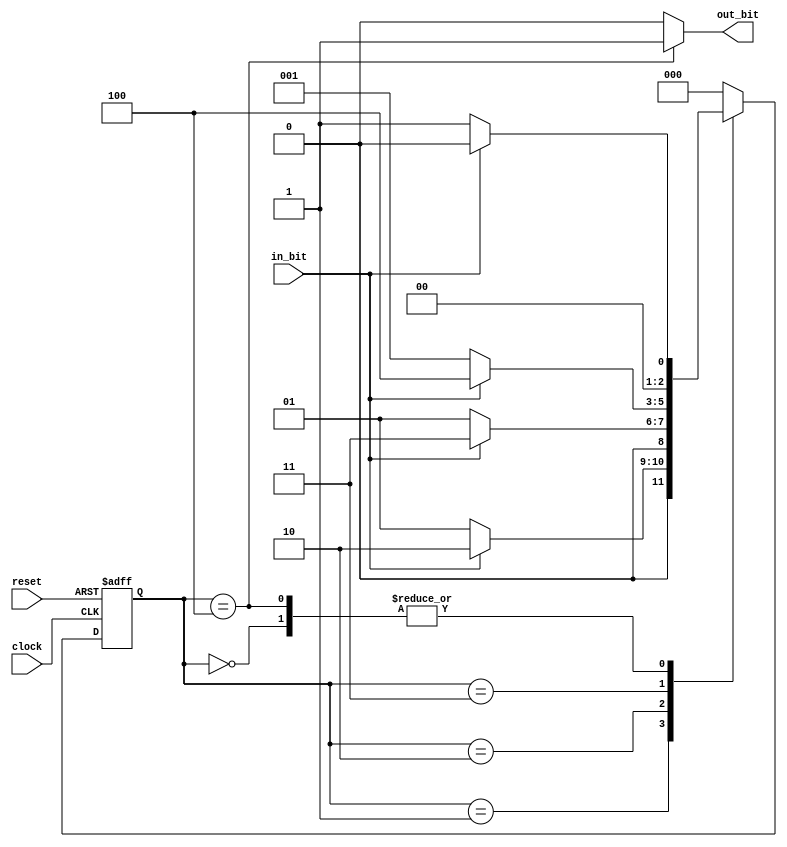
//design code for mealy sequence detector
module sequence_0111(clock, reset, in_bit, out_bit
 );
 input clock, reset, in_bit;
 output out_bit;

 reg [2:0] state_reg, next_state;
 
 parameter reset_state = 3'b000;
 parameter read_zero = 3'b001;
 parameter read_0_one = 3'b010;
 parameter read_zero_one_one = 3'b011;
 parameter read_zero_one_one_one= 3'b100;

 
 always @ (posedge clock or posedge reset)
 if (reset == 1)
 state_reg <= reset_state;
 else
 state_reg <= next_state;
 
always @ (state_reg or in_bit)
 case (state_reg)
 reset_state:
 if (in_bit == 0)
 next_state = read_zero;
 else if (in_bit == 1)
 next_state = reset_state;
 else next_state = reset_state;
 read_zero:
 if (in_bit == 0)
 next_state = read_zero;
 else if (in_bit == 1)
 next_state = read_0_one;
 else next_state = reset_state;
 read_0_one:
 if (in_bit == 0)
 next_state = read_zero;
 else if (in_bit == 1)
 next_state = read_zero_one_one;
 else next_state = reset_state;
read_zero_one_one:
 if (in_bit == 0)
 next_state = read_zero;
 else if (in_bit == 1)
 next_state = read_zero_one_one_one;
 else next_state = reset_state;
 read_zero_one_one_one:
 if (in_bit == 0)
 next_state = read_zero;
 else if (in_bit == 1)
 next_state = reset_state;
 else next_state = reset_state;
 default: next_state = reset_state;
endcase
assign out_bit = (state_reg == read_zero_one_one_one)? 1 : 0;
endmodule

//testbench for mealy sequence detector
module test_sequence;
reg clock;
reg reset;
reg in_bit;
wire out_bit;
sequence_0111 uut (
.clock(clock),
.reset(reset),
.in_bit(in_bit),
.out_bit(out_bit)
);
initial begin
  $dumpfile("dump.vcd");
  $dumpvars(1);
clock = 0;
reset = 0;
in_bit = 0;
#10;
reset = 1;
in_bit = 0;
#10;
reset = 0;
in_bit = 0;
#10;
reset = 0;
in_bit = 1;
#10;
reset = 0;
in_bit = 1;
#10;
reset = 0;
in_bit = 1;
#10;
reset = 1;
in_bit = 1;
#10;
reset = 0;
in_bit = 0;
#10;
reset = 0;
in_bit = 1;
#10;
reset = 0;
in_bit = 1;
#10;
reset = 0;
in_bit = 1;
#10;
  $finish;
end
always begin #5 clock=~clock; end
endmodule